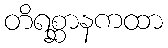
တိရစ္ဆာနကထာ